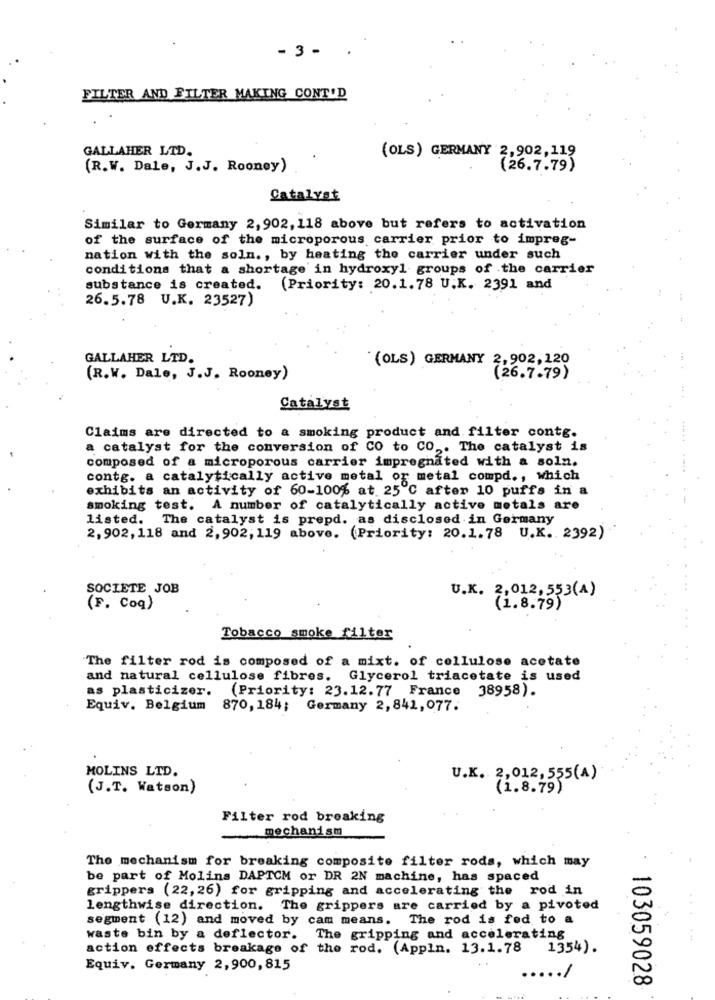
- 3 -
FILTER AND FILTER MAKING CONT'D
GALLAHER LTD.
(OLS) GERMANY 2,902,119
(R.W. Dale, J.J. Rooney)
(26.7.79)
Catalyst
Similar to Germany 2,902, 118 above but refers to activation
of the surface of the microporous carrier prior to impreg-
nation with the soln ., by heating the carrier under such
conditions that a shortage in hydroxyl groups of the carrier
substance is created. (Priority: 20.1.78 U.K. 2391 and
26.5.78 U.K. 23527)
GALLAHER LTD.
(OLS) GERMANY 2,902,120
(R.W. Dale, J.J. Rooney)
(26.7.79)
Catalyst
Claims are directed to a smoking product and filter contg.
a catalyst for the conversion of CO to CO ,. The catalyst is
composed of a microporous carrier impregnated with a soln.
contg. a catalytically active metal or metal compd ., which
exhibits an activity of 60-100% at 25 ℃ after 10 puffs in a
smoking test. A number of catalytically active metals are
listed. The catalyst is prepd. as disclosed in Germany
2,902,118 and 2,902;119 above. (Priority: 20.1.78 U.K. 2392)
SOCIETE JOB
U.K. 2,012, 553(A)
(F. Coq)
(1.8.79)
Tobacco smoke filter
The filter rod is composed of a mixt. of cellulose acetate
and natural cellulose fibres, Glycerol triacetate is used
as plasticizer. (Priority: 23.12.77 France 38958).
Equiv. Belgium 870, 184; Germany 2, 841, 077.
MOLINS LTD.
U.K. 2,012, 555(A)
(J.T. Watson)
(1.8.79)
Filter rod breaking
mechanism
The mechanism for breaking composite filter rods, which may
be part of Molins DAPTCM or DR 2N machine, has spaced
grippers (22, 26) for gripping and accelerating the rod in
lengthwise direction. The grippers are carried by a pivoted
segment (12) and moved by cam means. The rod is fed to a
waste bin by a deflector. The gripping and accelerating
action effects breakage of the rod. (Appln. 13.1.78 1354).
Equiv. Germany 2,900, 815
.... /
103059028